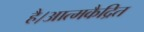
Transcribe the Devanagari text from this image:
है।आत्मकैद्रित